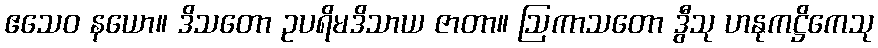
ဧသေဝ နယော။ ဒိသတော ဥပရိမဒိသာယ ဇာတာ။ ဩကာသတော ဒွီသု ဟနုကဋ္ဌိကေသု